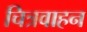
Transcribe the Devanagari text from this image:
चित्रवाहन